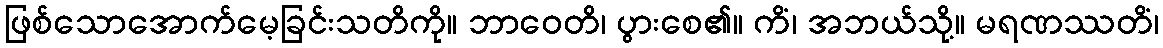
ဖြစ်သောအောက်မေ့ခြင်းသတိကို။ ဘာဝေတိ၊ ပွားစေ၏။ ကိံ၊ အဘယ်သို့။ မရဏဿတိံ၊